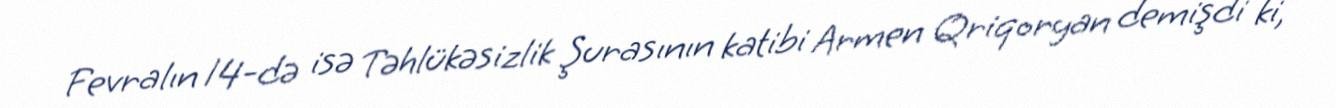
Fevralın 14-də isə Təhlükəsizlik Şurasının katibi Armen Qriqoryan demişdi ki,